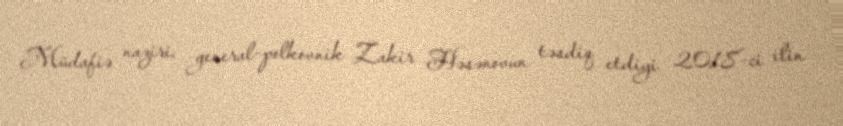
Müdafiə naziri, general-polkovnik Zakir Həsənovun təsdiq etdiyi 2018-ci ilin